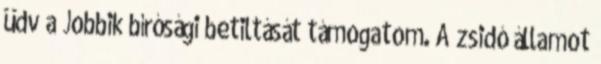
üdv a Jobbik bírósági betiltását támogatom. A zsidó államot